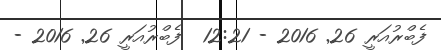
ފެބްރުއަރީ 26